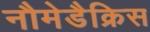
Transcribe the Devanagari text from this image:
नौमेडैक्रिस